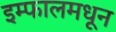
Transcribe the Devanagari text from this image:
इम्फालमधून